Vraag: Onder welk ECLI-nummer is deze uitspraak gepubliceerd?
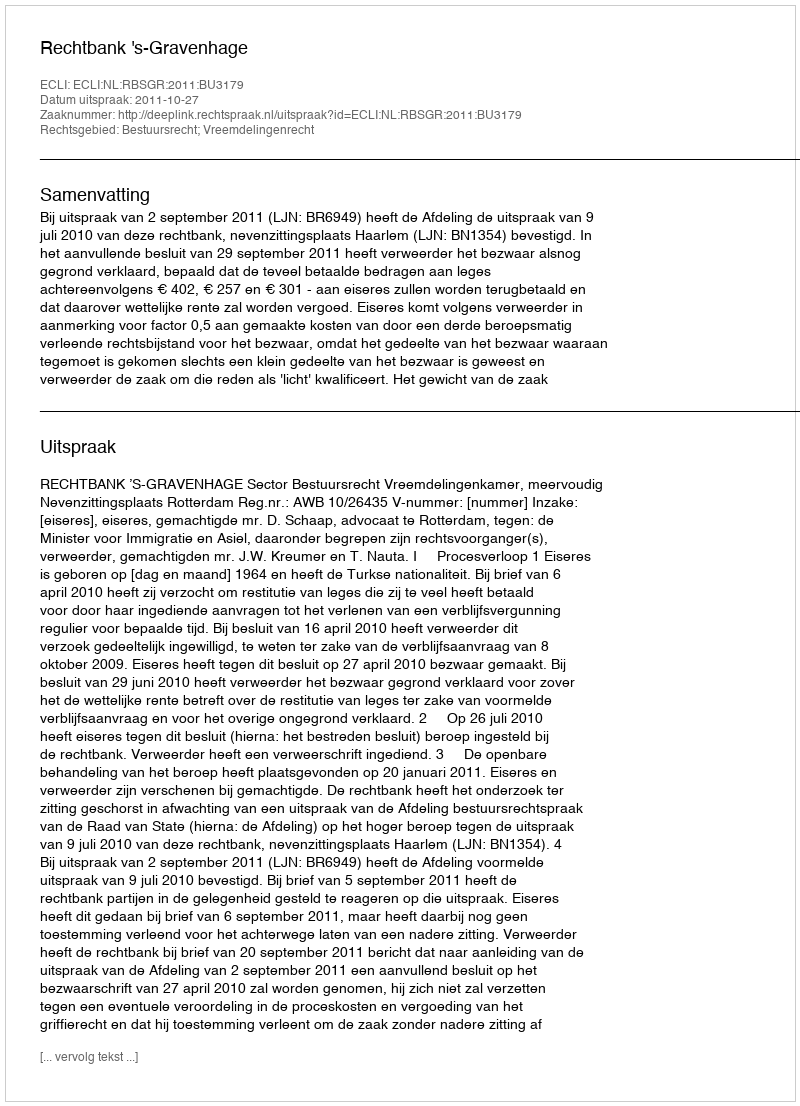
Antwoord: ECLI:NL:RBSGR:2011:BU3179